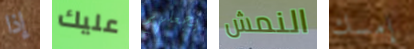
إذا عليك يجعلهم النمش إمسك